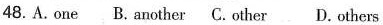
48. A.one B.another C.other D.others